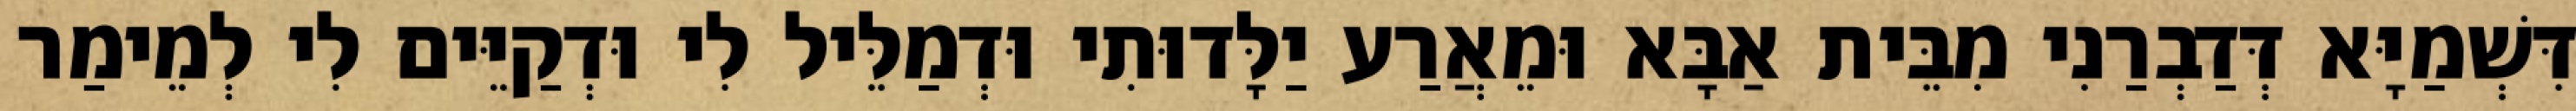
דִּשְׁמַיָּא דְּדַבְרַנִי מִבֵּית אַבָּא וּמֵאֲרַע יַלָּדוּתִי וּדְמַלֵּיל לִי וּדְקַיֵּים לִי לְמֵימַר